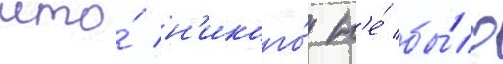
что́ н'икого́ н'е́ бы́ло